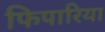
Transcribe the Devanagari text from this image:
फिपारिया